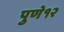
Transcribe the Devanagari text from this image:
पुणे१२